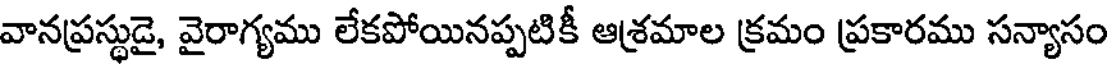
వానప్రస్థుడై, వైరాగ్యము లేకపోయినప్పటికీ ఆశ్రమాల క్రమం ప్రకారము సన్యాసం